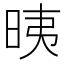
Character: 𣆰